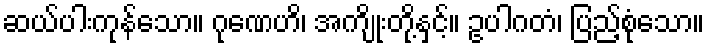
ဆယ်ပါးကုန်သော။ ဂုဏေဟိ၊ အကျိုးတို့နှင့်။ ဥပါဂတံ၊ ပြည့်စုံသော။